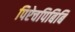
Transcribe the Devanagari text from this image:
पिऐचपिबिबि